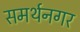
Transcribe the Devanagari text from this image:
समर्थनगर